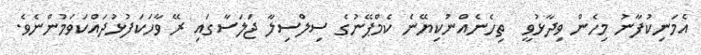
އެމަނިކުފާނު މިހެން ވިދާޅުވީ  ތިހެނެއްނުކިޔޭނެ ކެމްޕޭނުގެ ސިލްސިލާ ޖަލަސާގައި ރޭ ވާހަކަފުޅުދައްކަވަމުންނެވެ.